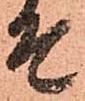
そ